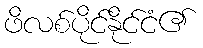
ဖိလစ်ပိုင်နိုင်ငံ၏